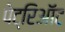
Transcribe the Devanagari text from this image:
पेट्रिऑट